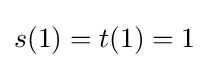
s(1)=t(1)=1